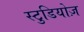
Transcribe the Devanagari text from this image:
स्टुडियोज़